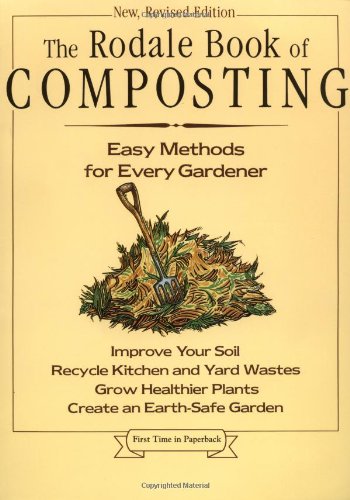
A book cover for The Rodale Book of Composting: Easy Methods for Every Gardener; Crafts, Hobbies & Home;